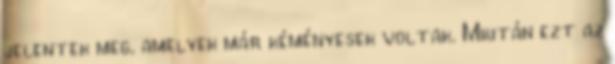
jelentek meg, amelyek már kéményesek voltak. Miután ezt az